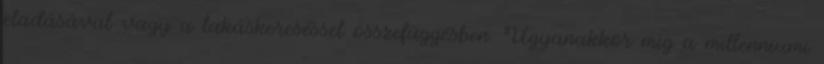
eladásával vagy a lakáskereséssel összefüggésben. Ugyanakkor míg a millenniumi